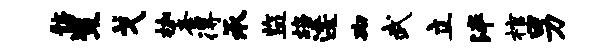
髂策戈枷紊得承监鸪逶砌武立泮棺男